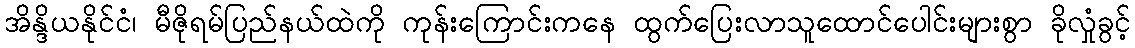
အိန္ဒိယနိုင်ငံ၊ မီဇိုရမ်ပြည်နယ်ထဲကို ကုန်းကြောင်းကနေ ထွက်ပြေးလာသူထောင်ပေါင်းများစွာ ခိုလှုံခွင့်